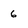
Character: 6